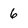
Character: 6